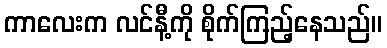
ကာလေးက လင်နီ့ကို စိုက်ကြည့်နေသည်။